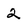
Character: 2